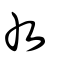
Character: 癶